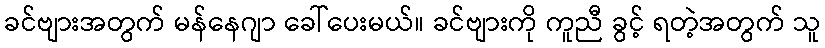
ခင်ဗျားအတွက် မန်နေဂျာ ခေါ်ပေးမယ်။ ခင်ဗျားကို ကူညီ ခွင့် ရတဲ့အတွက် သူ